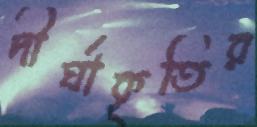
দীর্ঘাকৃতির